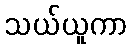
သယ်ယူကာ